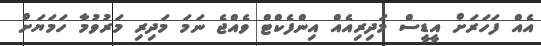
އެއް ފަހަރަށް އީޑީސް މަދިރިއެއް އިންފެކްޓް ވެއްޖެ ނަމަ މަދިރި މަރުވުމާ ހަމަޔަށް